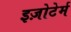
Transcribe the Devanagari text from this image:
इज़ोटेर्म